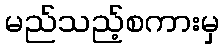
မည်သည့်စကားမှ